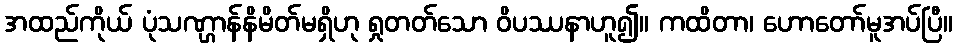
အထည်ကိုယ် ပုံသဏ္ဌာန်နိမိတ်မရှိဟု ရှုတတ်သော ဝိပဿနာဟူ၍။ ကထိတာ၊ ဟောတော်မူအပ်ပြီ။